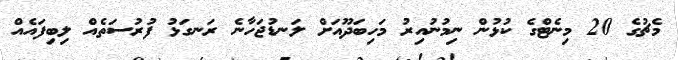
މެޗުގެ 20 މިނެޓްގެ ކުޅުން ނިމުނުއިރު މަހިބަދޫއަށް ލަނޑުޖަހާނެ ރަނގަޅު ފުރުސަތެއް ލިބިފައެއް